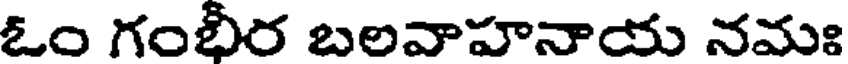
ఓం గంభీర బలవాహనాయ నమః